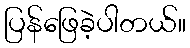
ပြန်ဖြေခဲ့ပါတယ်။